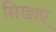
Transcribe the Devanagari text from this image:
सिखाएं